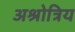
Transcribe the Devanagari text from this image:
अश्रोत्रिय